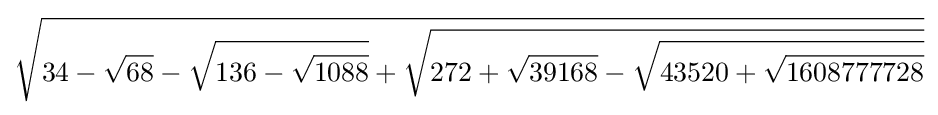
{\sqrt {34-{\sqrt {68}}-{\sqrt {136-{\sqrt {1088}}}}+{\sqrt {272+{\sqrt {39168}}-{\sqrt {43520+{\sqrt {1608777728}}}}}}}}